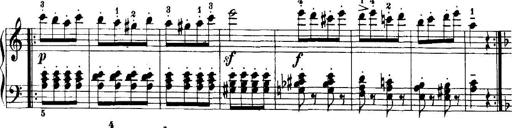
Title: 7 Sonatinas
Composer: Anton Diabelli